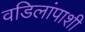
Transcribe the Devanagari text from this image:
वडिलांपाशी